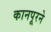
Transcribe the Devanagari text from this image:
कानपूरने